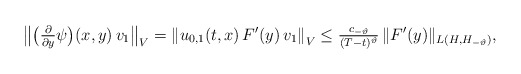
\begin{align*}& \big\| \big(\tfrac{ \partial }{ \partial y } \psi\big)( x, y ) \, v_1 \big\|_V= \left\| u_{0,1}( t, x ) \, F'( y ) \, v_1 \right\|_V\leq \tfrac{ c_{ -\vartheta } }{ ( T - t )^{ \vartheta } } \, \| F'( y ) \|_{ L( H, H_{ -\vartheta } ) },\end{align*}